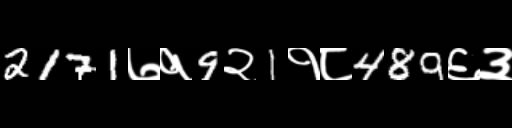
Text: 2171७१9२1१८489६३